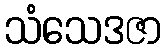
သံသေဒဇာ